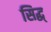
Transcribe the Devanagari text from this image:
सिद्ध्